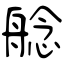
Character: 艌